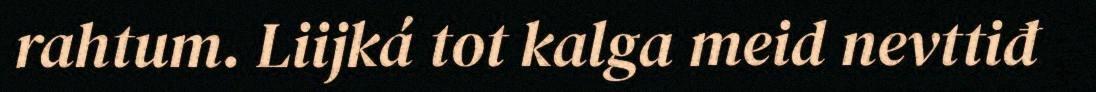
rahtum. Liijká tot kalga meid nevttiđ